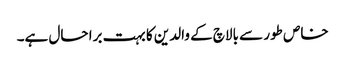
خاص طور سے بالاچ کے والدین کا بہت برا حال ہے۔